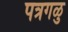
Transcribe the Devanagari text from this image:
पत्रगळु